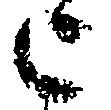
上